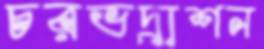
চরভদ্রাশন